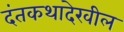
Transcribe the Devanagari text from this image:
दंतकथादेखील